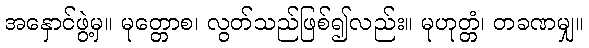
အနှောင်ဖွဲ့မှ။ မုတ္တောစ၊ လွတ်သည်ဖြစ်၍လည်း။ မုဟုတ္တံ၊ တခဏမျှ။